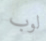
لوب